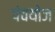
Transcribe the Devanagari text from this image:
पंचयोज